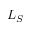
L _ { S }